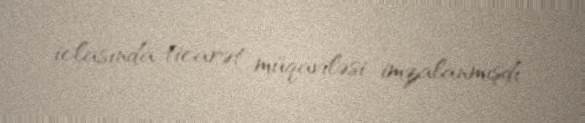
iclasında ticarət müqaviləsi imzalanmışdı.